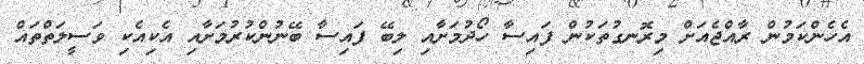
އެހެންކަމުން ރާއްޖެއަށް މިރޮނގުތަކުން ފައިސާ ހޯދުމަށާއި ލިބޭ ފައިސާ ބޭނުންކުރުމަށާއި އެކިއެކި ވަސީލަތްތައް